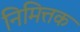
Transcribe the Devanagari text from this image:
निमित्तक